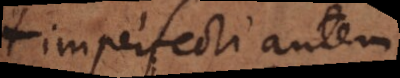
imperfecti autem